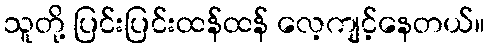
သူတို့ ပြင်းပြင်းထန်ထန် လေ့ကျင့်နေတယ်။